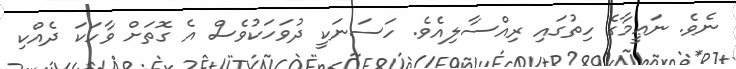
ނެވެ. ނަޢީމާގެ ހިތުގައި ރިއްސާލިއެވެ. ހަސަނަކީ ދުވަހަކުވެސް އެ ގޮތަށް ވާހަކަ ދެއްކި